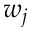
w _ { j }